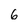
Character: 6